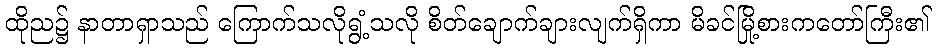
ထိုည၌ နာတာရှာသည် ကြောက်သလိုရွံ့သလို စိတ်ချောက်ချားလျက်ရှိကာ မိခင်မြို့စားကတော်ကြီး၏